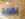
بمزيد